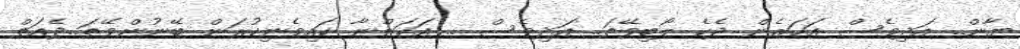
ޔާން.. އަދިވެސް އަހަރެން ދެކެ ލޯބިވޭތަ.. އަދިވެސް .. އަހަންނާ ކައިވެނިކުރަން ބޭނުންވޭތަ..ދެއަތް